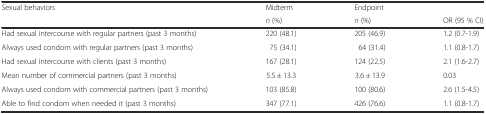
<table><thead><tr><td rowspan="2"><b>Sexual behaviors</b></td><td><b>Midterm</b></td><td><b>Endpoint</b></td><td></td></tr><tr><td><b><i>n</i> (%)</b></td><td><b><i>n</i> (%)</b></td><td><b>OR (95 % CI)</b></td></tr></thead><tbody><tr><td>Had sexual intercourse with regular partners (past 3 months)</td><td>220 (48.1)</td><td>205 (46.9)</td><td>1.2 (0.7-1.9)</td></tr><tr><td>Always used condom with regular partners (past 3 months)</td><td>75 (34.1)</td><td>64 (31.4)</td><td>1.1 (0.8-1.7)</td></tr><tr><td>Had sexual intercourse with clients (past 3 months)</td><td>167 (28.1)</td><td>124 (22.5)</td><td>2.1 (1.6-2.7)</td></tr><tr><td>Mean number of commercial partners (past 3 months)</td><td>5.5 ± 13.3</td><td>3.6 ± 13.9</td><td>0.03</td></tr><tr><td>Always used condom with commercial partners (past 3 months)</td><td>103 (85.8)</td><td>100 (80.6)</td><td>2.6 (1.5-4.5)</td></tr><tr><td>Able to find condom when needed it (past 3 months)</td><td>347 (77.1)</td><td>426 (76.6)</td><td>1.1 (0.8-1.7)</td></tr></tbody></table>